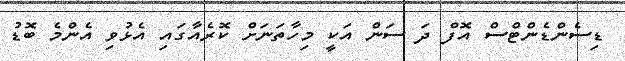
ޑިސެންޑެންޓްސް އޮފް ދަ ސަން އަކީ މިހާތަނަށް ކޮރެއާގައި އެޅުވި އެންމެ ބޮޑު